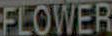
FLOWER